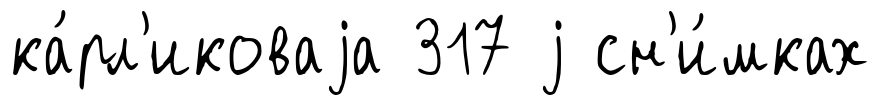
ка́рл'иковаjа 317 j сн'и́мках